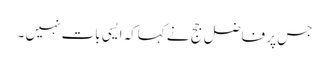
جس پر فاضل جج نے کہاکہ ایسی بات نہیں ۔